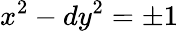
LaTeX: x^{2}-dy^{2}=\pm 1